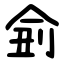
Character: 侴